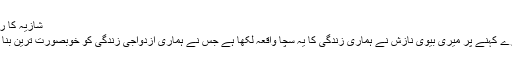
شازیہ کا ریپ
میرے کہنے پر میری بیوی نازش نے ہماری زندگی کا یہ سچا واقعہ لکھا ہے جس نے ہماری ازدواجی زندگی کو خوبصورت ترین بنا دیا۔